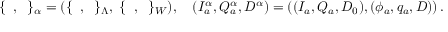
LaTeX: \{ \; \; , \; \; \} _ { \alpha } = ( \{ \; \; , \; \; \} _ { \Lambda } , \; \{ \; \; , \; \; \} _ { W } ) , \quad \left( I _ { a } ^ { \alpha } , Q _ { a } ^ { \alpha } , D ^ { \alpha } \right) = \left( ( I _ { a } , Q _ { a } , D _ { 0 } ) , ( \phi _ { a } , q _ { a } , D ) \right) . \nonumber